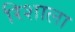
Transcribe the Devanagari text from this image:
रिशाला